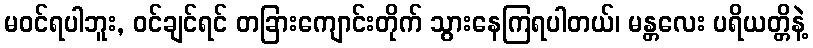
မဝင်ရပါဘူး, ဝင်ချင်ရင် တခြားကျောင်းတိုက် သွားနေကြရပါတယ်၊ မန္တလေး ပရိယတ္တိနဲ့